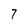
Character: 7